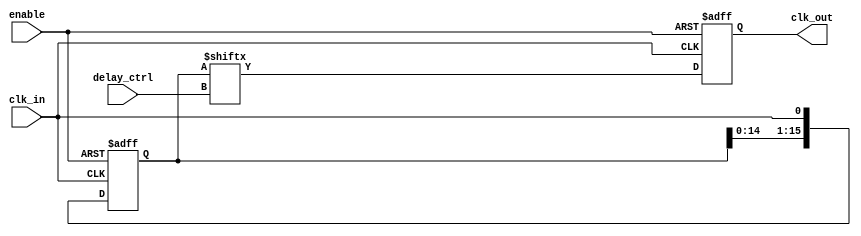
module DelayClockBuffer (
    input wire clk_in,          // Input clock signal
    input wire enable,          // Enable signal
    input wire [3:0] delay_ctrl, // Delay control (number of clock cycles)
    output reg clk_out          // Output delayed clock signal
);

    // Parameter for maximum delay (number of flip-flops)
    parameter MAX_DELAY = 15; // Adjust as needed

    // Internal registers for delay line
    reg [MAX_DELAY:0] delay_line;

    // Clock process
    always @(posedge clk_in or negedge enable) begin
        if (!enable) begin
            // When disabled, output low
            clk_out <= 1'b0;
            delay_line <= 0; // Reset delay line
        end else begin
            // Shift the delay line
            delay_line <= {delay_line[MAX_DELAY-1:0], clk_in};

            // Output the delayed clock based on delay_ctrl
            clk_out <= delay_line[delay_ctrl];
        end
    end

endmodule